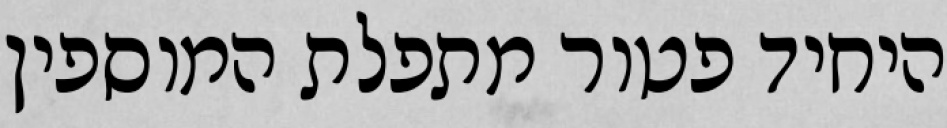
היחיד פטור מתפלת המוספין